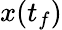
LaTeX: x(t_{f})